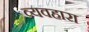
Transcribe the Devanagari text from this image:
व्यवहारा